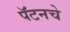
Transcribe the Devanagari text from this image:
पॅटनचे